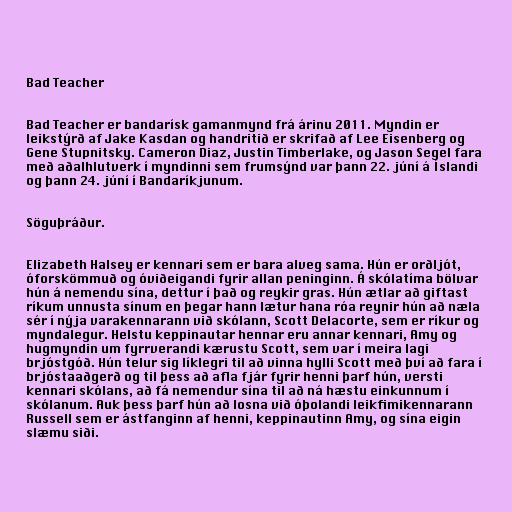
Bad Teacher

Bad Teacher er bandarísk gamanmynd frá árinu 2011. Myndin er
leikstýrð af Jake Kasdan og handritið er skrifað af Lee Eisenberg og
Gene Stupnitsky. Cameron Diaz, Justin Timberlake, og Jason Segel fara
með aðalhlutverk í myndinni sem frumsýnd var þann 22. júní á Íslandi
og þann 24. júní í Bandaríkjunum.

Söguþráður.

Elizabeth Halsey er kennari sem er bara alveg sama. Hún er orðljót,
óforskömmuð og óviðeigandi fyrir allan peninginn. Á skólatíma bölvar
hún á nemendu sína, dettur í það og reykir gras. Hún ætlar að giftast
ríkum unnusta sínum en þegar hann lætur hana róa reynir hún að næla
sér í nýja varakennarann við skólann, Scott Delacorte, sem er ríkur og
myndalegur. Helstu keppinautar hennar eru annar kennari, Amy og
hugmyndin um fyrrverandi kærustu Scott, sem var í meira lagi
brjóstgóð. Hún telur sig líklegri til að vinna hylli Scott með því að fara í
brjóstaaðgerð og til þess að afla fjár fyrir henni þarf hún, versti
kennari skólans, að fá nemendur sína til að ná hæstu einkunnum í
skólanum. Auk þess þarf hún að losna við óþolandi leikfimikennarann
Russell sem er ástfanginn af henni, keppinautinn Amy, og sína eigin
slæmu siði.